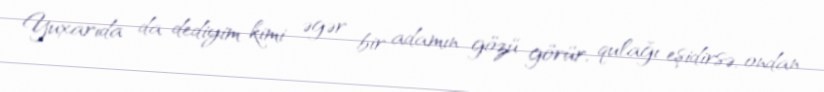
Yuxarıda da dediyim kimi əgər bir adamın gözü görür, qulağı eşidirsə, ondan